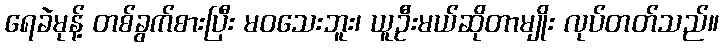
ရေခဲမုန့် တစ်ခွက်စားပြီး မဝသေးဘူး၊ ယူဦးမယ်ဆိုတာမျိုး လုပ်တတ်သည်။